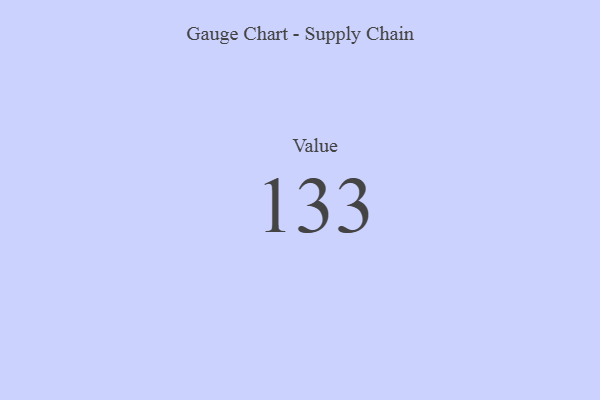
{"axis": {"x": "Metric", "y": "Value"}, "legend": [""], "data": [{"x": "Value", "y": 133, "type": ""}]}